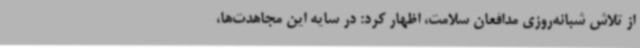
از تلاش شبانه‌روزی مدافعان سلامت، اظهار کرد: در سایه این مجاهدت‌ها،